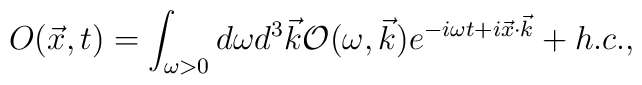
O(\vec{x},t) = \int_{\omega > 0}{d\omega d^3 \vec{k}{\cal{O}}(\omega,\vec{k}) e^{-i\omega t + i \vec{x}\cdot \vec{k}} +h.c.},